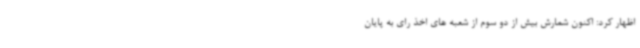
اظهار کرد: اکنون شمارش بیش از دو سوم از شعبه های اخذ رای به پایان